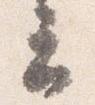
云